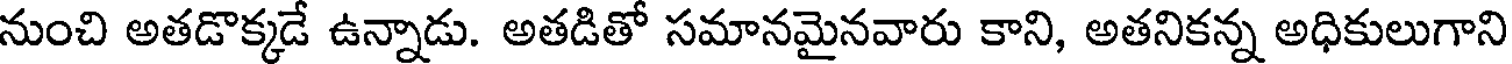
నుంచి అతడొక్కడే ఉన్నాడు. అతడితో సమానమైనవారు కాని, అతనికన్న అధికులుగాని